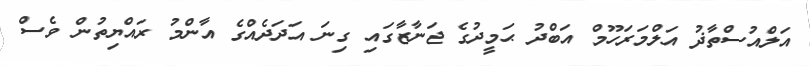
އަލްއުސްތާޛު އަލްމަރަހޫމް އަބްދު ޙަމީދުގެ ޖަނާޒާގައި ގިނަ އަދަދެއްގެ އާންމު ރައްޔިތުން ވެސް